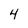
Character: 4